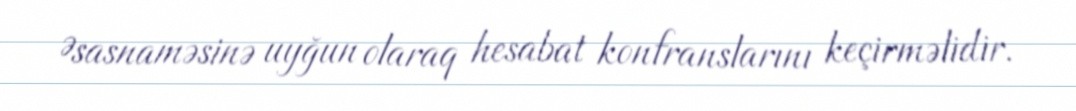
Əsasnaməsinə uyğun olaraq hesabat konfranslarını keçirməlidir.